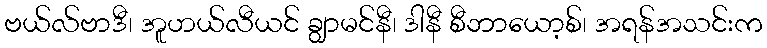
ဗယ်လ်ဗာဒီ၊ အူဟယ်လီယင် ချွာမင်နီ၊ ဒါနီ စီဘာယော့စ်၊ အရန်အသင်းက